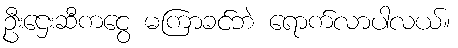
ဦးဌေးဆီကငွေ မကြာခင်ဘဲ ရောက်လာပါလယ်။